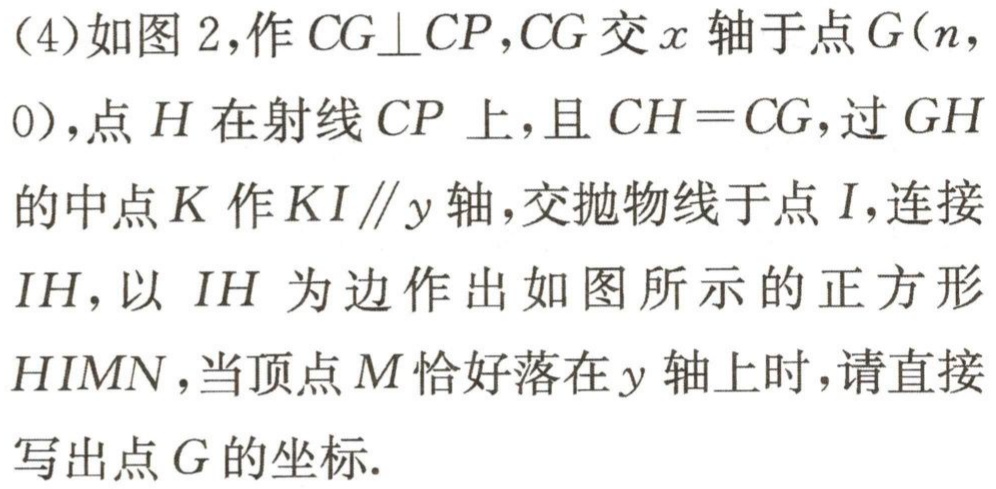
(4)如图 2,作 \(CG\perp CP\),\(CG\)交 \(x\) 轴于点 \(G(n,0)\),点 \(H\) 在射线 \(CP\) 上,且 \(CH = CG\),过 \(GH\)的中点 \(K\) 作 \(KI\parallel y\) 轴,交抛物线于点 \(I\),连接 \(IH\),以 \(IH\) 为边作出如图所示的正方形 \(HIMN\),当顶点 \(M\) 恰好落在 \(y\) 轴上时,请直接写出点 \(G\) 的坐标.